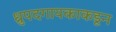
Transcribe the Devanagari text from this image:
ध्रुपदगायकाकडून